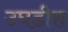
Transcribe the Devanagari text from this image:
उघडीस